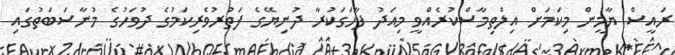
ރައީސް ޔާމީން މިކަމަށް އިލްތިމާސްކުރެއްވީ މިއަދު ފާހަގަކުރާ ދުނިޔޭގެ ފަތުރުވެރިކަމުގެ ދުވަހުގެ މުނާސަބަތުގައި